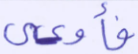
فأوعى